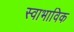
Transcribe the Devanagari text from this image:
स्‍वाभाविक